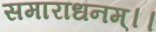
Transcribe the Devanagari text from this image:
समाराधनम्।।